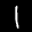
Label: 1